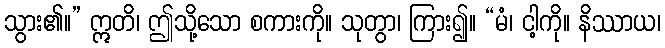
သွား၏။” ဣတိ၊ ဤသို့သော စကားကို။ သုတွာ၊ ကြား၍။ “မံ၊ ငါ့ကို။ နိဿာယ၊